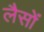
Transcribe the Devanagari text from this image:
लैसों